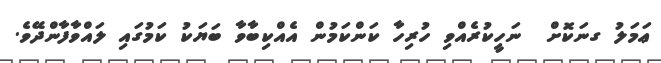
ޢަމަލު ގނަކޮށް  ނަހީކުރެއްވި ހުރިހާ ކަންކަމުން އެއްކިބާވާ ބަޔަކު ކަމުގައި ލައްވާފާންދޭވެ.